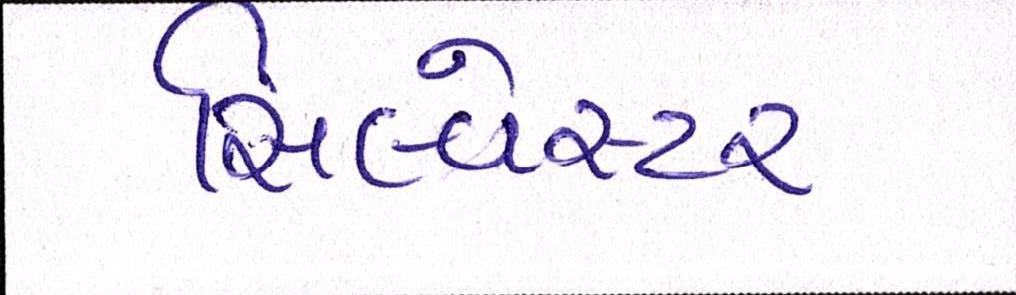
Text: સિલ્વેસ્ટર